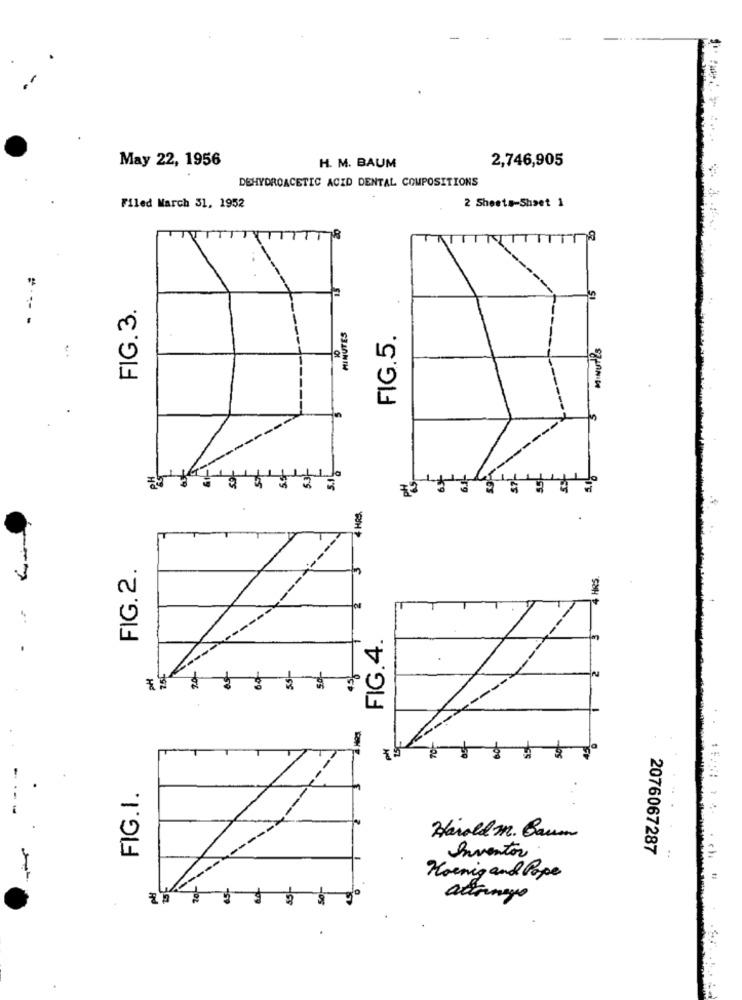
May 22, 1956
2,746,905
H. M. BAUM
DEHYDROACETIC ACID DENTAL COMPOSITIONS
Filed March 31, 1952
2 Sheets-Shaet 1
TITTTTTTTTTTB
"
FIG. 3.
MINUTES
FIG.5.
MINUTES
4
4 HRS
FIG. 2.
HRS.
FIG.4.
PH
75L
6.0-
FIG.I.
Harold m. Baum
Inventor
2076067287
Hoenig and Pope
añonego